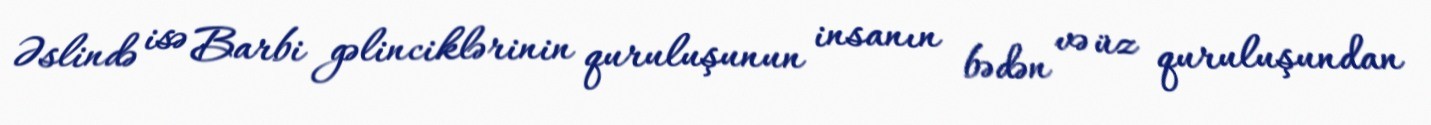
Əslində isə Barbi gəlinciklərinin quruluşunun insanın bədən və üz quruluşundan